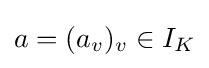
a=(a_{v})_{v}\in I_{K}